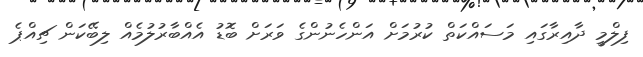
ފިލްމީ ދާއިރާގައި މަސައްކަތް ކުރުމަށް އަންހެނުންގެ ވަރަށް ބޮޑު އެއްބާރުލުމެއް ލިބޭކަން ޗިއްޕެ